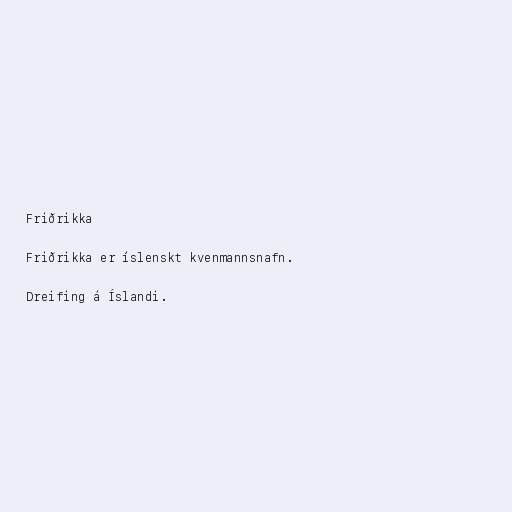
Friðrikka

Friðrikka er íslenskt kvenmannsnafn.

Dreifing á Íslandi.